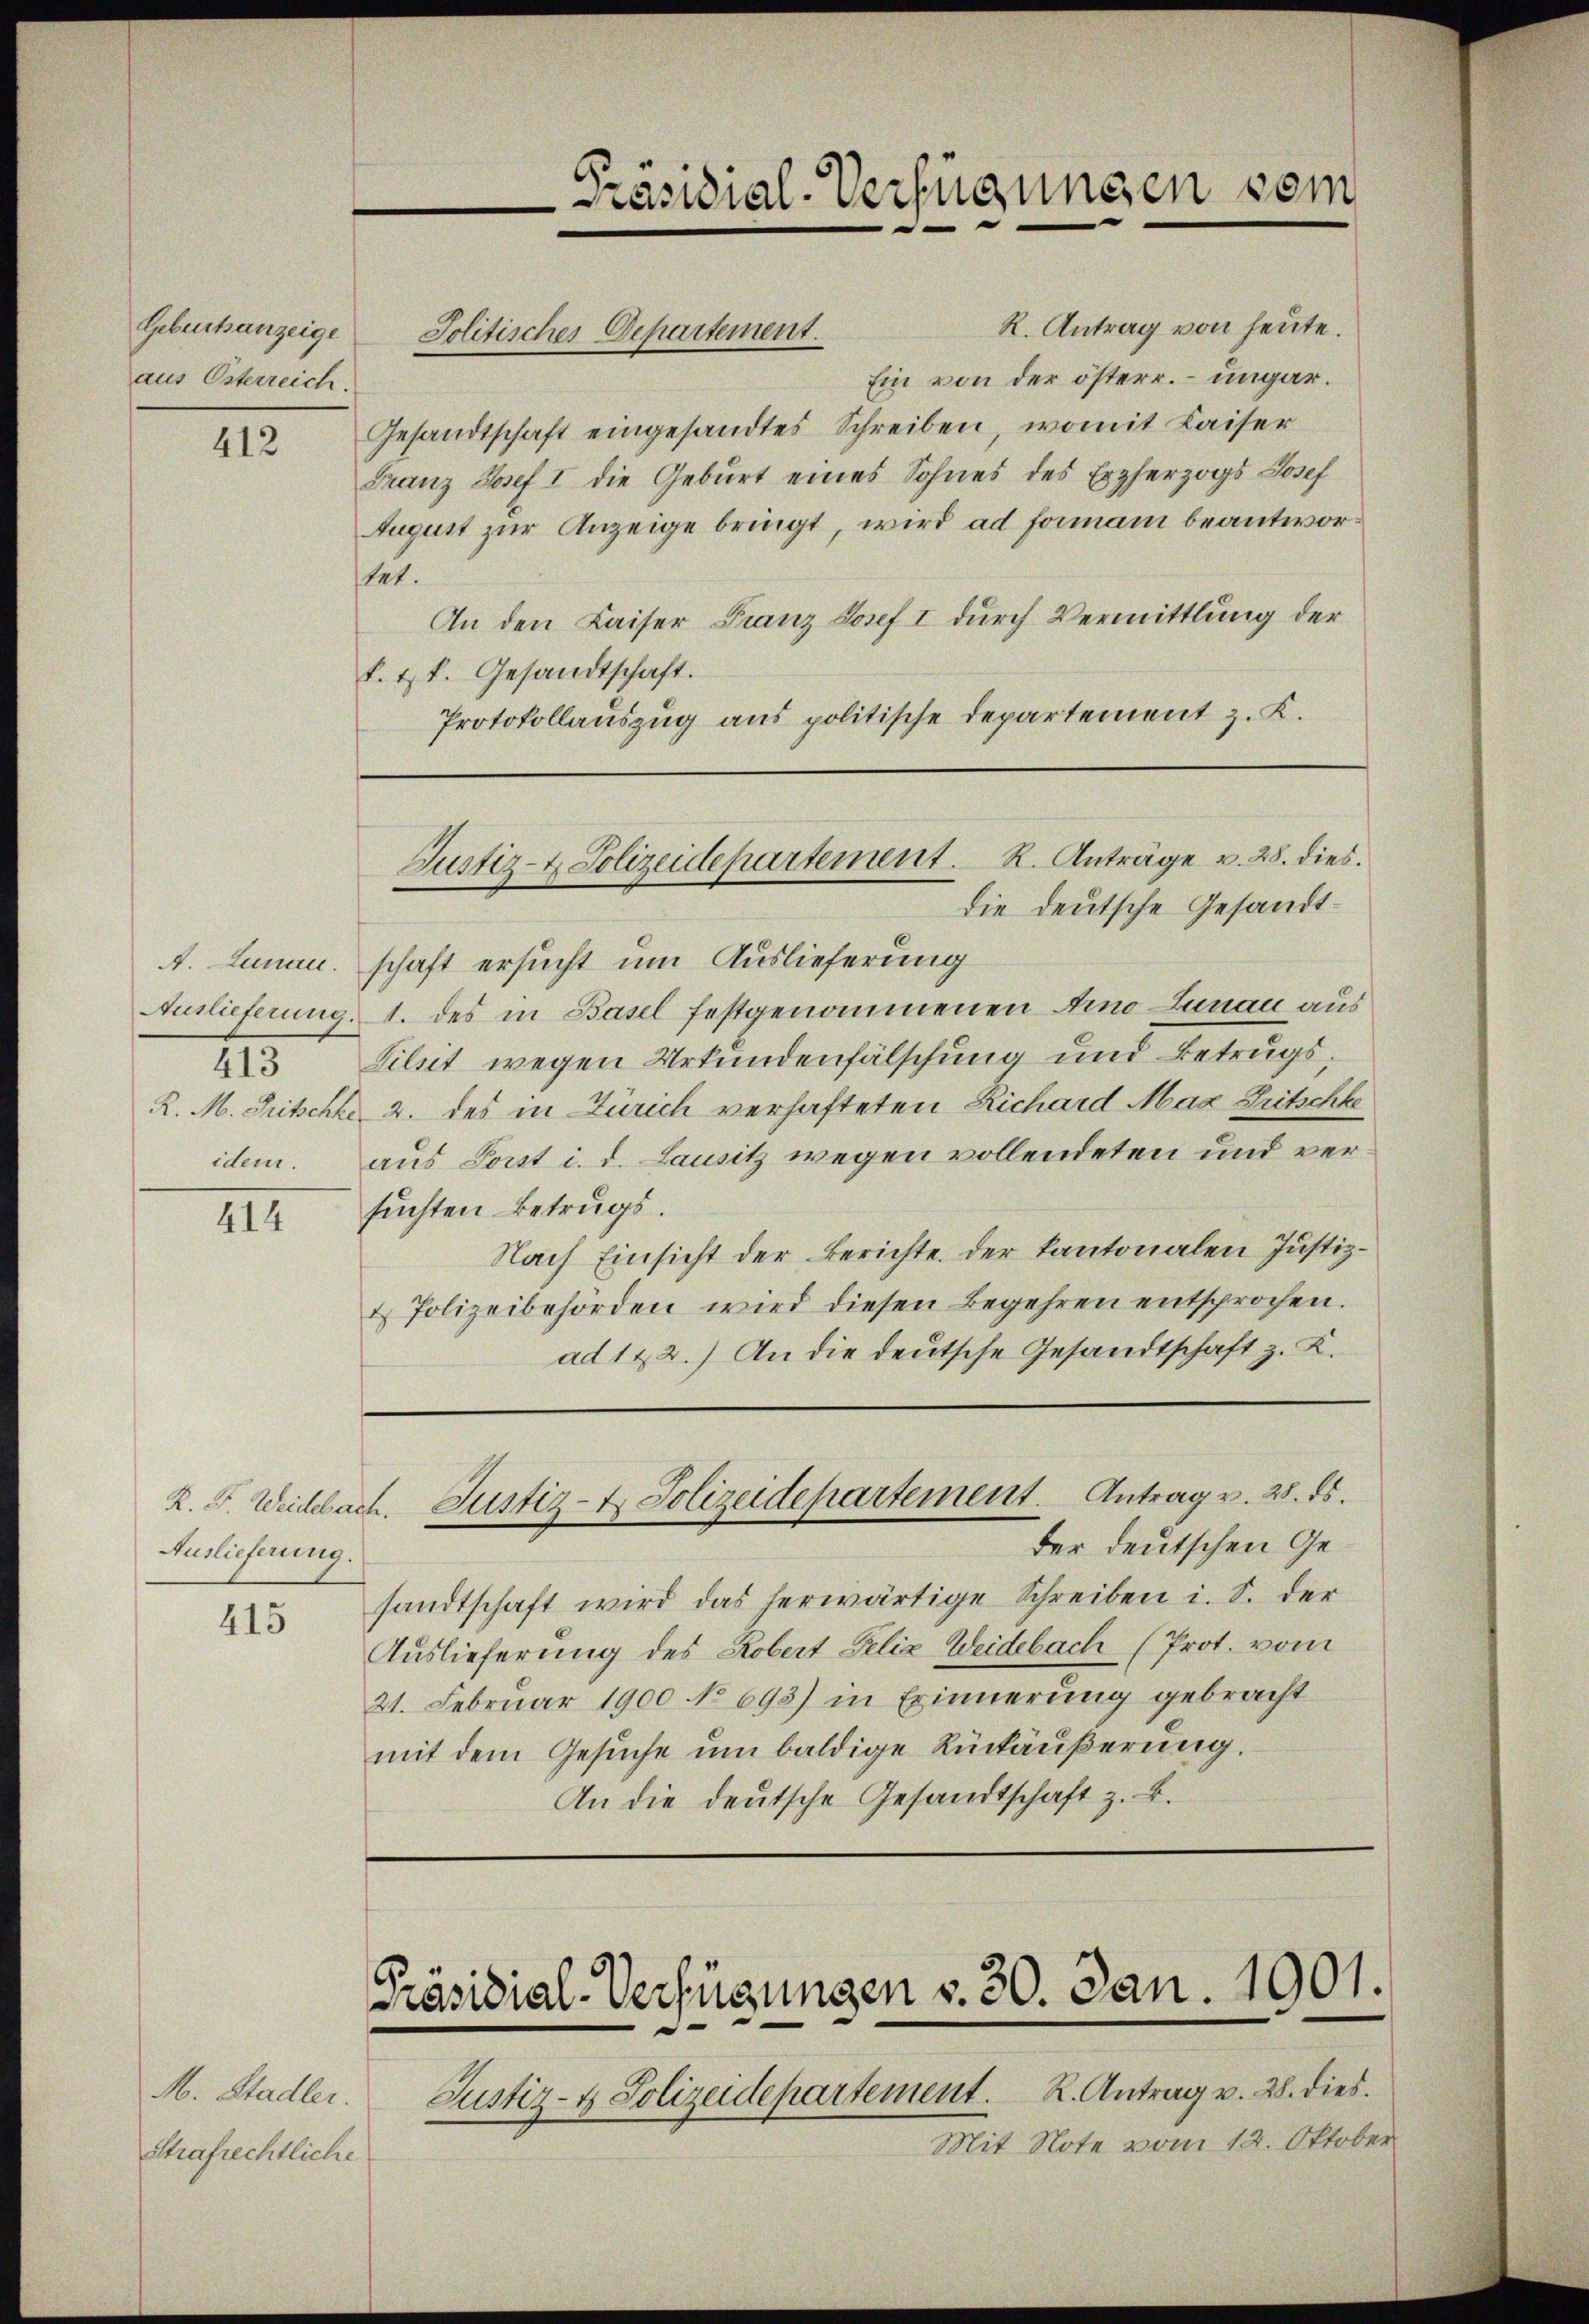
Geburtsanzeige
aus Esterreich.

412

A. Lunau.
413
idem.

414

R. Dr. Weidebach.
Auslieferung.

415

M. Stadler.
Strafrechtliche

tet.

R. Antrag von heute.
Ein von der österr. – ungar.
Gesandtschaft eingesandtes Schreiben, womit Kaiser
Franz Josef I die Geburt eines Sohnes des Erzherzogs Josef
August zur Anzeige bringt, wird ad formani beantwor¬
An den Kaiser Franz Josef I durch Vermittlung der
f. t k. Gesandtschaft.
Protokollauszug aus politische Departement z. K.

Die deutsche Gesandtschaft ersucht um Auslieferung
Auslieferung, 1. des in Basel festgenommenen Arno Lunau aus
Lilet wegen Urkundenfälschung und Betrugs¬
R. M. Pitschke 2. des in Zürich verhafteten Richard Max Pitschke
aus Porst i. d. Lausitz wegen vollendeten und versuchten Betrugs.
Nach Einsicht der Berichte. Der Kantonalen Justiz¬
& Polizeibehörden wird diesen Begehren entsprochen.
ad 122.) An die deutsche Gesandtschaft z. K.

Jolitisches Departement.

Präsidial-Verfügungen sein
e
d

Justiz- & Polizeidepartement. R. Anträge v. 28. dies

der deutschen Gesandtschaft wird das herwärtige Schreiben i. S. der
Auslieferung des Robert Felix Weidebach (Prot. vom
21. Februar 1900 No 693) in Erinnerung gebracht
mit dem Gesŭche ŭm baldige Rückäußerung.
An die deutsche Gesandtschaft z. B.

Justiz- & Polizeidepartement. Antrag v. 28. ds.

Präsidial-Verfügungen v. 30. Jan. 1901.

Justiz- & Polizeidepartement. K. Antrag v. 28. dies
Mit Note vom 12. Oktober